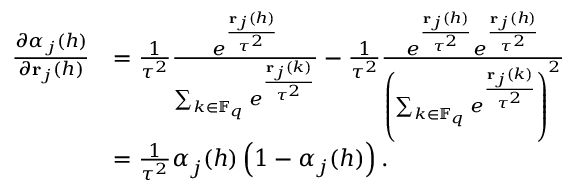
\begin{array} { r l } { \frac { \partial \boldsymbol { \alpha } _ { j } ( h ) } { \partial \ensuremath { \mathbf { r } } _ { j } ( h ) } } & { = \frac { 1 } { \tau ^ { 2 } } \frac { e ^ { \frac { \ensuremath { \mathbf { r } } _ { j } ( h ) } { \tau ^ { 2 } } } } { \sum _ { k \in \mathbb { F } _ { q } } e ^ { \frac { \ensuremath { \mathbf { r } } _ { j } ( k ) } { \tau ^ { 2 } } } } - \frac { 1 } { \tau ^ { 2 } } \frac { e ^ { \frac { \ensuremath { \mathbf { r } } _ { j } ( h ) } { \tau ^ { 2 } } } e ^ { \frac { \ensuremath { \mathbf { r } } _ { j } ( h ) } { \tau ^ { 2 } } } } { \left( \sum _ { k \in \mathbb { F } _ { q } } e ^ { \frac { \ensuremath { \mathbf { r } } _ { j } ( k ) } { \tau ^ { 2 } } } \right) ^ { 2 } } } \\ & { = \frac { 1 } { \tau ^ { 2 } } \boldsymbol { \alpha } _ { j } ( h ) \left( 1 - \boldsymbol { \alpha } _ { j } ( h ) \right) . } \end{array}